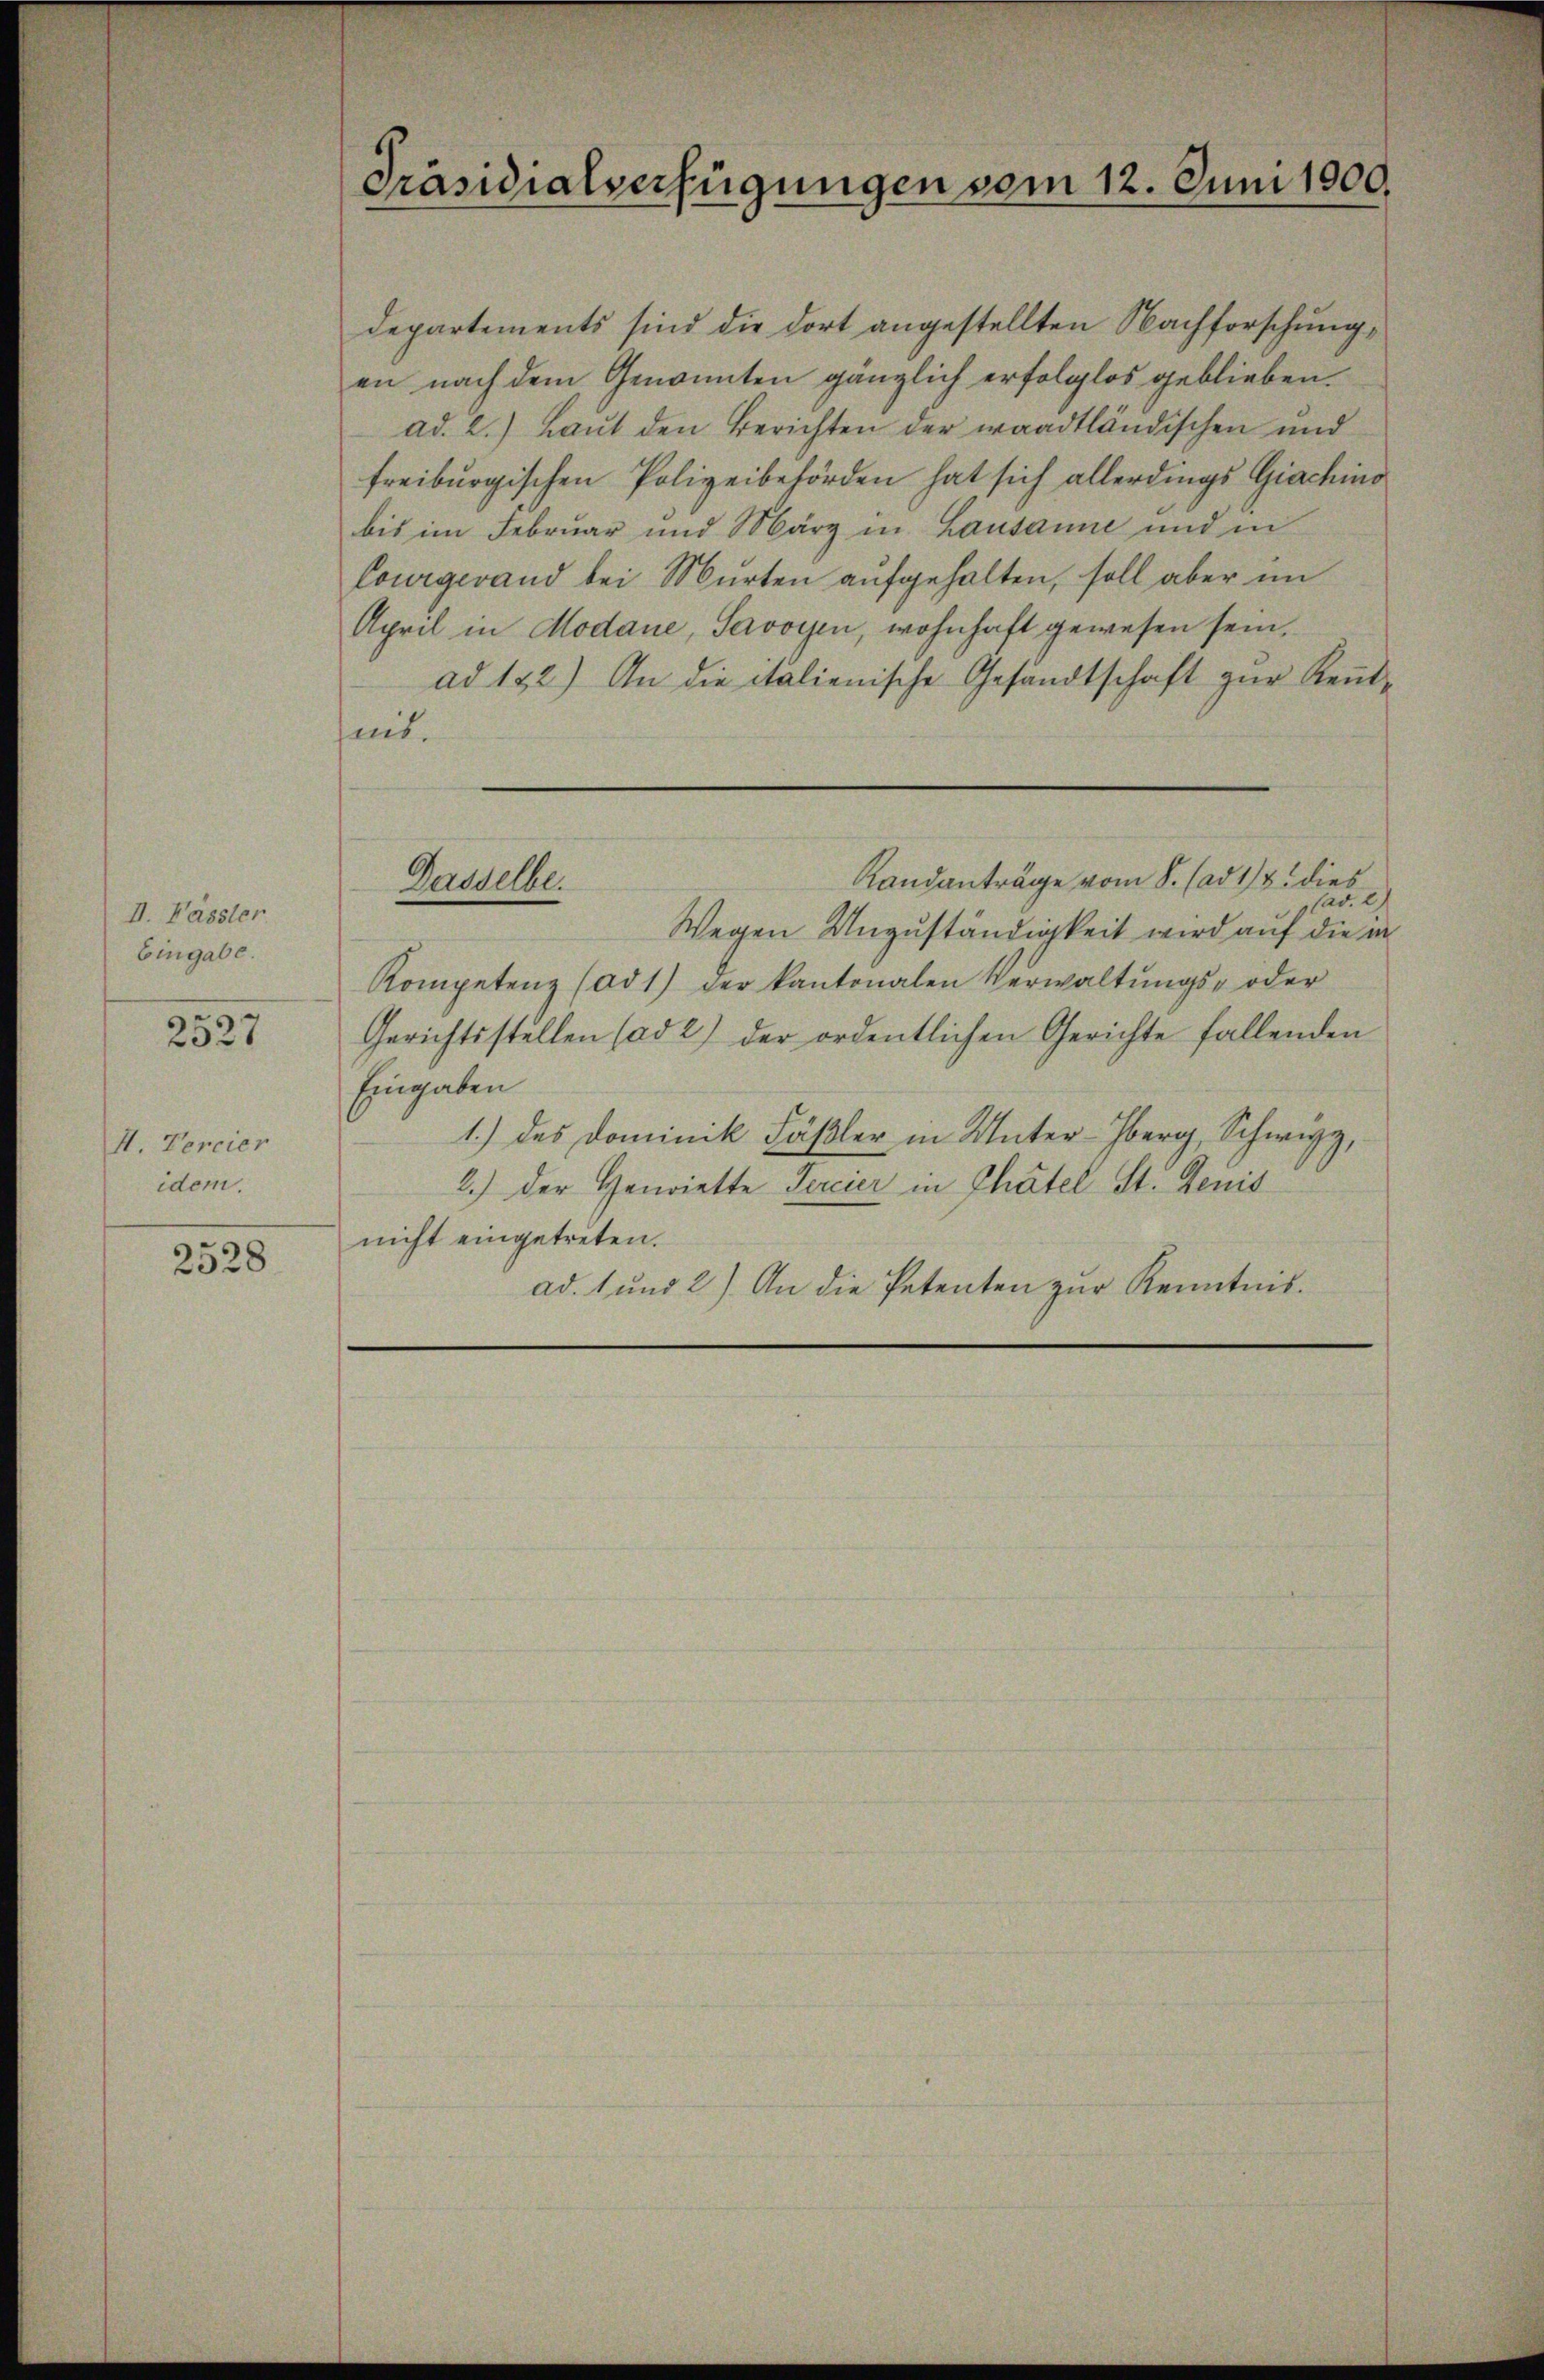
II. Fässler.
Eingabe.

5
2527

I. Percier
idem.

2528

Präsidialverfügungen vom 12. Juni 1900.

Departements sind die dort angestellten Nachforschung,
en nach dem Genannten gänzlich erfolglos geblieben.
ad. 2.) Laut den Berichten der waadtländischen und
freiburgischen Polizeibehörden hat sich allerdings Giachins
bis im Februar und März in Lausanne und in
Courgerand bei Murten aufgehalten, soll aber im
April in Modaue, Savoyen, wohnhaft gewesen sein.
ad 122) An die italienische Gesandtschaft zur Kennt-
heit.
Landanträge vom 8. (ad 1/4. dies
Dasselbe.
ad. 2
Wegen Unzuständigkeit wird auf die in
Kompetenz (ad 1) der kantonalen Verwaltŭngs- oder
Gerichtsstellen (ad 2) der ordentlichen Gerichte fallenden
Eingaben
1.) des Dominik Fäßler in Unter-Oberg, Schwyz,
2.) Der Henriette Percier in Thätel St. Jenis
nicht eingetreten.
ad. 1 und 2) An die Petenten zŭr Kenntnis.